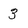
Character: 3